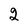
Character: 2